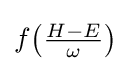
f{\left({\tfrac {H-E}{\omega }}\right)}